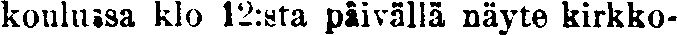
koulussa klo 12:sta päivällä näyte kirkko-